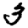
Digit: 3